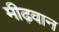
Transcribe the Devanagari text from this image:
मीढ़वान